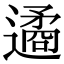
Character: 遹